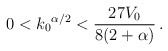
\begin{align*}0 < {k_0}^{\alpha/2} < \frac{27V_0}{8(2 + \alpha)} \,.\end{align*}